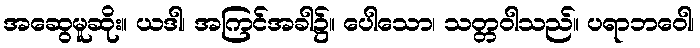
အဆွေမူဆိုး။ ယဒါ၊ အကြင်အခါ၌။ ပေါသော၊ သတ္တဝါသည်။ ပရာဘဝေါ၊